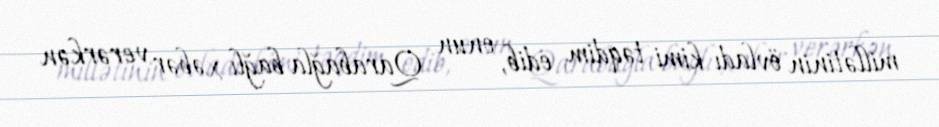
millətinin övladı kimi təqdim edib, onun Qarabağla bağlı xəbər verərkən